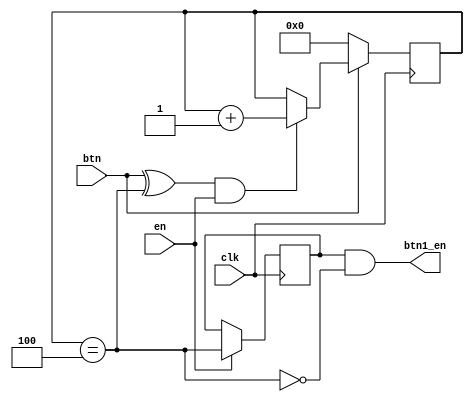
`timescale 1ns / 1ps
//////////////////////////////////////////////////////////////////////////////////
// Company:
// Engineer:
//
// Design Name:
// Module Name:    btn1_pergesmentesito
// Project Name:
// Target Devices:
// Tool versions:
// Description:
//
// Dependencies:
//
// Revision:
// Revision 0.01 - File Created
// Additional Comments:
//
//////////////////////////////////////////////////////////////////////////////////
module btn1_pergesmentesito(
    input btn,
	 input clk,
	 input en,
    output btn1_en
    );

	 wire rst = ~btn;
	 wire carry;
	 wire engedelyezes;
	 reg[15:0] Q;

	 //assign carry=(Q==50000);
	 assign carry=(Q==4);
	 assign engedelyezes=((btn^carry)&en);

	 //belso szamlalo
	 always@(posedge clk)
	 begin
		if(rst) Q<=16'b0;
		else if(engedelyezes) Q<=Q+1;
	 end

	 reg dff;

	 //DFF
	 always@(posedge clk)
	 begin
		if(en)	dff<=carry;
	 end

	 assign btn1_en=(dff&~carry);



endmodule